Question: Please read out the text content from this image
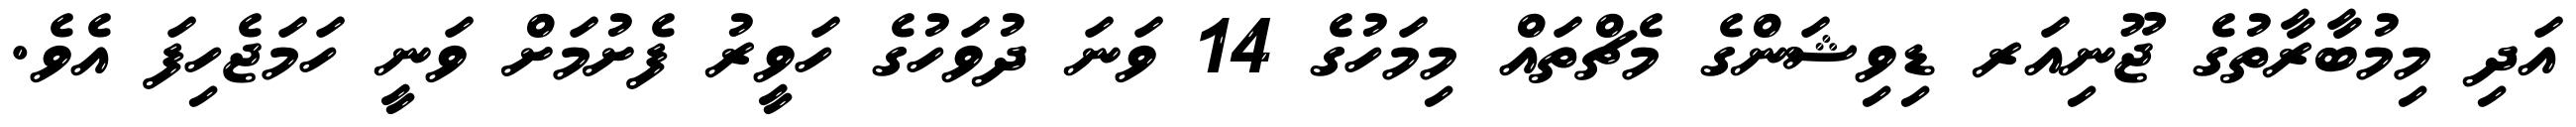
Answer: އަދި މިމުބާރާތުގެ ޖޫނިއަރ ޑިވިޝަންގެ މެޗްތައް މިމަހުގެ 14 ވަނަ ދުވަހުގެ ހަވީރު ފެށުމަށް ވަނީ ހަމަޖެހިފަ އެވެ.